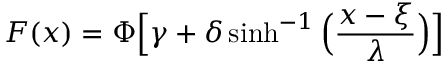
F ( x ) = \Phi { \Big [ } \gamma + \delta \sinh ^ { - 1 } { \Big ( } { \frac { x - \xi } { \lambda } } { \Big ) } { \Big ] }